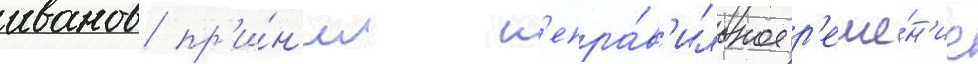
иванов пр'и́н'ял н'епра́в'ильное р'еше́н'ие